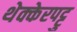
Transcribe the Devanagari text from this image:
थेक्केरपट्टु